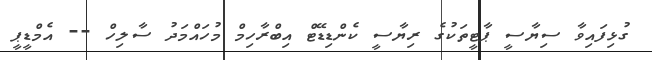
ގުޅިފައިވާ ސިޔާސީ ޕާޓީތަކުގެ ރިޔާސީ ކެންޑިޑޭޓް އިބްރާހިމް މުހައްމަދު ސާލިހް -- އެމްޑީޕީ